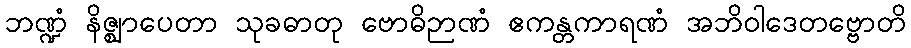
ဘဏ္ဍံ နိဇ္ဈာပေတာ သုခဓာတု ဗောဓိဉာဏံ ဧကန္တကာရဏံ အဘိဝါဒေတဗ္ဗောတိ